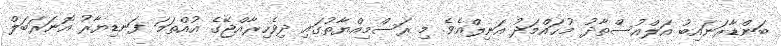
ބަންޑާރަނައިބު އަލްއުސްތާޛު މުޙައްމަދު އަނިލްއެވެ. މި ރަސްމިއްޔާތުގައި ދިވެހިރާއްޖޭގެ އުއްތަމަ ފަނޑިޔާރު އޮނަރަބަލް